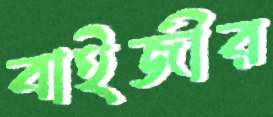
বাইজীর